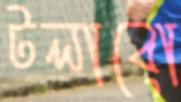
টলাবো